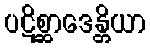
ပဋိစ္ဆာဒေန္တိယာ